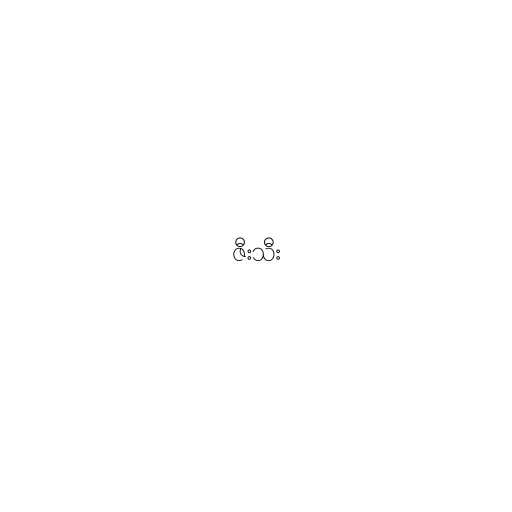
ဇီးသီး